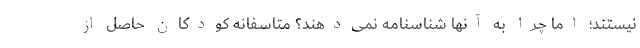
نیستند؛ اما چرا به آنها شناسنامه نمی‌دهند؟ متاسفانه کودکان حاصل از